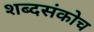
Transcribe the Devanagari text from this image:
शब्दसंकोच